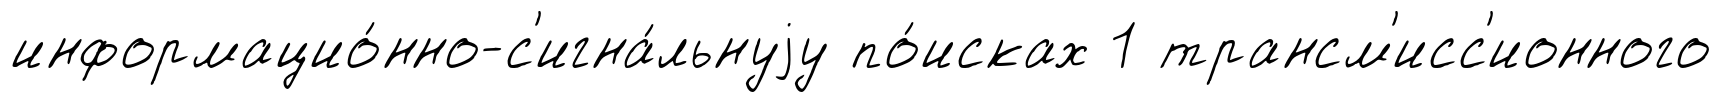
информацио́нно-с'игна́льнуjу по́исках 1 трансм'исс'ионного